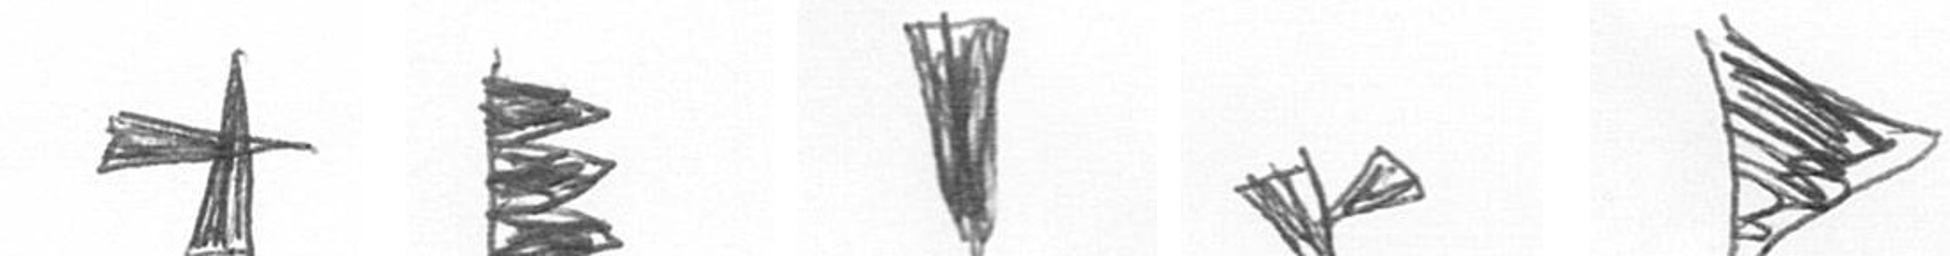
G H J F T